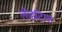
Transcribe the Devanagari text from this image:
लोहटिया